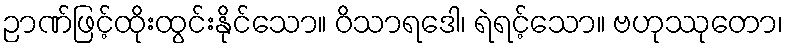
ဉာဏ်ဖြင့်ထိုးထွင်းနိုင်သော။ ဝိသာရဒေါ၊ ရဲရင့်သော။ ဗဟုဿုတော၊